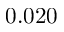
0 . 0 2 0